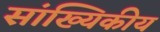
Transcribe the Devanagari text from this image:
सांख्‍यिकीय